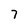
Character: 7